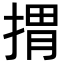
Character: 𢯮